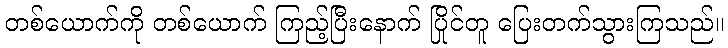
တစ်ယောက်ကို တစ်ယောက် ကြည့်ပြီးနောက် ပြိုင်တူ ပြေးတက်သွားကြသည်။